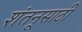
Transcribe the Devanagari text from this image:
शंतनूसाठी